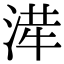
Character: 𭱂